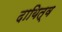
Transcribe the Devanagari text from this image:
दायित्‍व